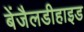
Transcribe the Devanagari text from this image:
बेंजैलडीहाइड